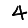
Digit: 4